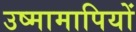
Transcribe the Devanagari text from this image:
उष्मामापियों